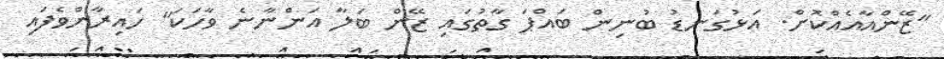
"ޒޭންއާއެއްކޮށް. އަޅުގަނޑު ބުނިން ބައްޕަ ގާތުގައި ޒޭން ބަލާ އަންނާނެ ވާހަކަ" ހައިރާންވެފައި